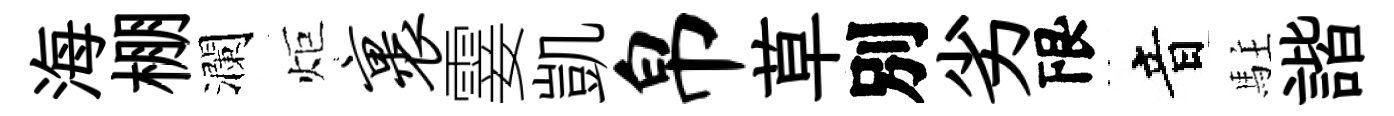
海棚瀾炬裹霎凱帛草別劣限音駐諧